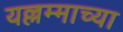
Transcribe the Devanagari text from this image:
यल्लम्माच्या